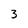
Character: 3